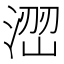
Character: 𱧨